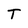
Character: T